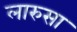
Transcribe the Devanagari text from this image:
लारुसा